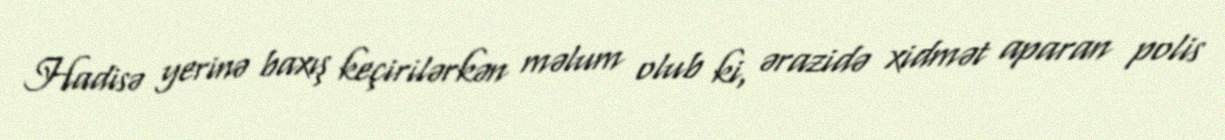
Hadisə yerinə baxış keçirilərkən məlum olub ki, ərazidə xidmət aparan polis